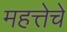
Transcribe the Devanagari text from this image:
महत्तेचे